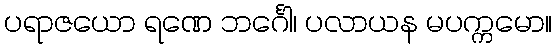
ပရာဇယော ရဏေ ဘင်္ဂေါ၊ ပလာယန မပက္ကမော။